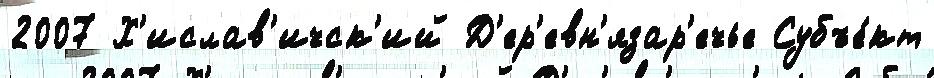
2007 Х'ислав'ичск'ий Д'ер'евн'язар'ечье Субъе́кт